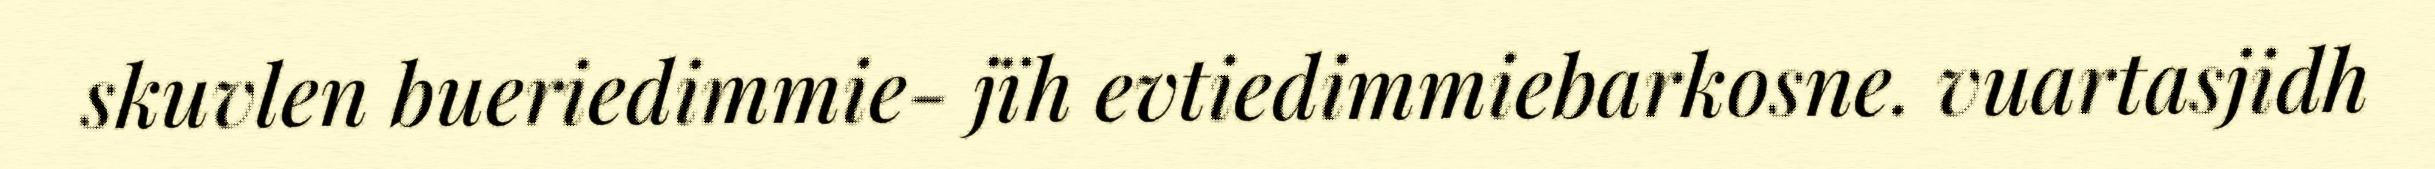
skuvlen bueriedimmie- jïh evtiedimmiebarkosne. vuartasjidh